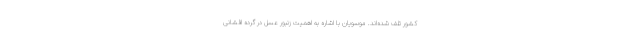
کشور تلف شده‌اند. موسویان با اشاره به اهمیت زنبور عسل در گرده افشانی